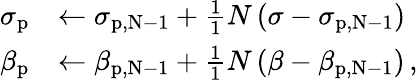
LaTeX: \begin{array}{rl}{\sigma_{\mathrm{p}}}&{\leftarrow\sigma_{\mathrm{{p,N-1}}}+\frac{1}{1}{N}\left(\sigma-\sigma_{\mathrm{{p,N-1}}}\right)}\\ {\beta_{\mathrm{p}}}&{\leftarrow\beta_{\mathrm{{p,N-1}}}+\frac{1}{1}{N}\left(\beta-\beta_{\mathrm{{p,N-1}}}\right)\, ,}\end{array}